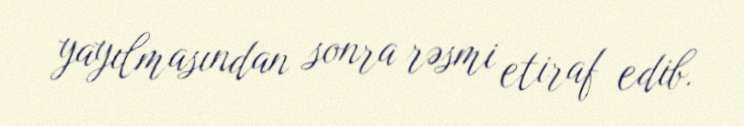
yayılmasından sonra rəsmi etiraf edib.